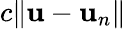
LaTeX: c\| \mathbf{u}-\mathbf{u}_{n}\|